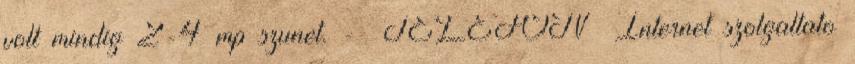
volt mindig 2-4 mp szunet. - TELEFON Internet szolgaltato